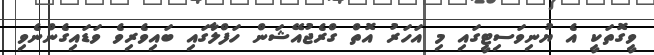
ވީގޮތަކީ އެ ޔުނިވަސިޓީގައި މި އަހަރު އޮތް ގްރެޖުއޭޝަން ހަފްލާގައި ބައިވެރިވެ ވަޑައިގެންނެވި